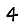
Digit: 4